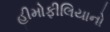
હીમોફીલિયાનો